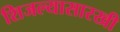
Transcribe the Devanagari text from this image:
शिजल्यासारखी